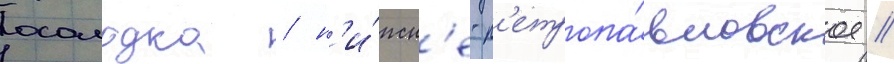
осолодка / н'и́жн'е-п'етропа́вловское /